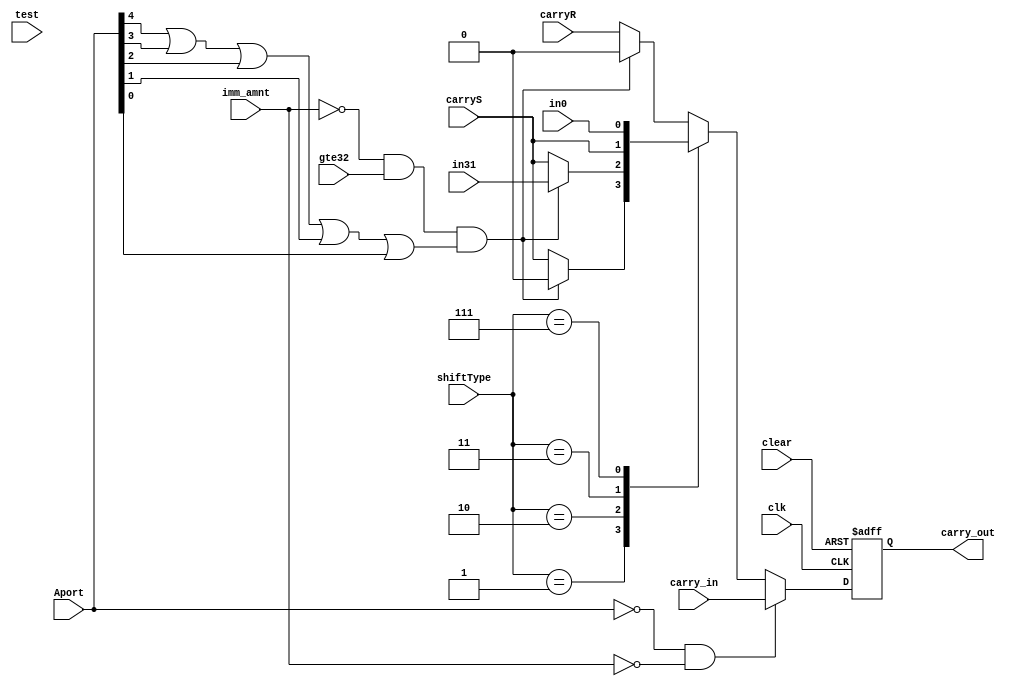
//
// shift_carry.f
//
// David Van Campenhout
//
// logic for shift carry
//




`define LSL	3'b000
`define LSR	3'b001
`define ASR	3'b010
`define ROR	3'b011
`define RRX	3'b111

module shift_carry( 	clk, clear, test,
			shiftType, Aport, imm_amnt, gte32, in31, in0, 
			 carry_in, carryR, carryS, carry_out);

  input		clk;
  input 		clear;
  input		test;

  input [2:0]	shiftType;
  input	[7:0]	Aport;
  input		imm_amnt;	// immediate specified shift amount

  input		gte32;		// shift amount >= 32

  input		in31;
  input		in0;
  input		carry_in;
  input		carryR;
  input		carryS;

  output	carry_out;

  wire		zero;		// shiftAmount == 0
  wire		over32;		// shiftAmount > 32

  reg		carry_out;
  reg		carry_out_D;

  assign	zero = (Aport  == 8'b0 ) & !imm_amnt;
  assign 	over32 = ~imm_amnt & gte32 & 
      ( Aport[4] | Aport[3] | Aport[2] | Aport[1] | Aport[0] );


  always 
  @(posedge clk or negedge clear)
  	begin
	if (!clear)
		begin
			carry_out = 0;
		end
	else
		begin
                	carry_out = carry_out_D;
		end
	end	
			

		
  always @( in0 or in31 or carryR or carryS or
	 	shiftType or carry_in or zero or over32)
  begin

  if (zero)
	carry_out_D = carry_in;
  else case (shiftType)
	`LSL:
		if (over32)
			carry_out_D = 0;
		else 
			carry_out_D = carryR;
	`LSR:
		if (over32)
			carry_out_D = 0;
		else
			carry_out_D = carryS;
	`ASR:
		if (over32)
			carry_out_D = in31;
		else
			carry_out_D = carryS;
	`ROR:
		carry_out_D = carryS;
	`RRX:
		carry_out_D = in0;
	default:
		if (over32)
			carry_out_D = 0;
		else 
			carry_out_D = carryR;
	endcase

  end // logic


		
endmodule